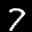
Label: 7